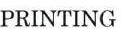
PRINTING